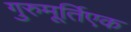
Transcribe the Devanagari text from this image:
गुरुमूर्तिएक